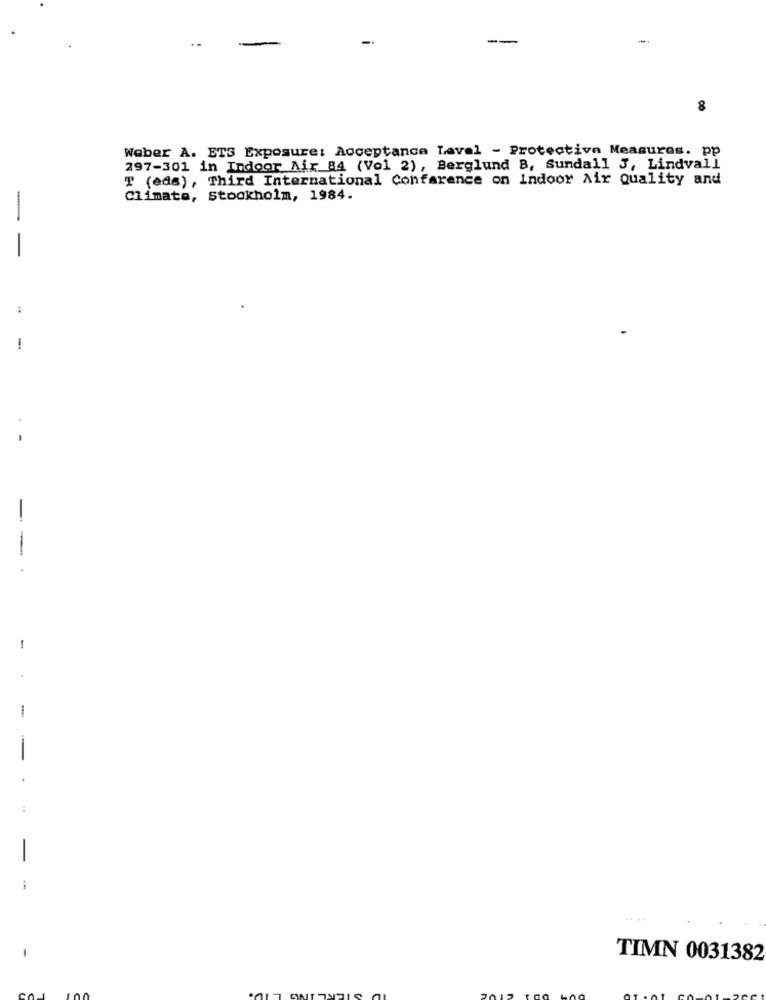
--
-
8
Weber A. ETS Exposure: Acceptance Laval - Protective Measures. pp
297-301 in Indoor Air 84 (Vol 2), Berglund B, Sundall 3, Lindvall
T (eds), Third International Conference on Indoor Air Quality and
Climate, Stockholm, 1984.
-
-.
-
-
-
TIMN 0031382